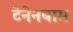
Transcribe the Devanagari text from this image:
टेनेनबाम